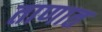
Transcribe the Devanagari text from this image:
ताणात